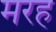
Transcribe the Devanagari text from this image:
मरह